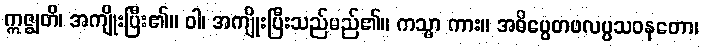
ဣဇ္ဈတိ၊ အကျိုးပြီး၏။ ဝါ၊ အကျိုးပြီးသည်မည်၏။ ကသ္မာ ကား။ အဓိပ္ပေတဖလပ္ပသဝနတော၊